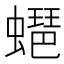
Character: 𧑡